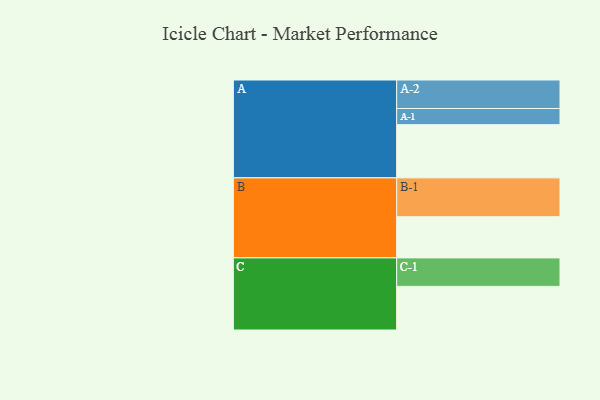
{"axis": {"x": "Segment", "y": "Value"}, "legend": ["", "A", "B", "C"], "data": [{"x": "A", "y": 405, "type": ""}, {"x": "B", "y": 313, "type": ""}, {"x": "C", "y": 332, "type": ""}, {"x": "A-1", "y": 123, "type": "A"}, {"x": "A-2", "y": 217, "type": "A"}, {"x": "B-1", "y": 296, "type": "B"}, {"x": "C-1", "y": 217, "type": "C"}]}